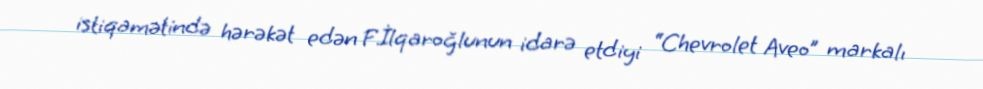
istiqamətində hərəkət edən F.İlqaroğlunun idarə etdiyi “Chevrolet Aveo” markalı